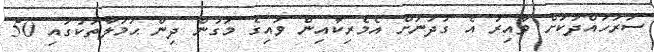
ސަރަހައްދަކަށް ވާއިރު އެ ގުދަނަށް އެމެރިކާއިން ވައިގެ މަގުން ދިން ޙަމަލާތަކުގައި 50